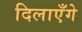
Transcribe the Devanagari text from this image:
दिलाएँगे